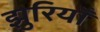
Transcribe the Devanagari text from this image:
झुरियाँ